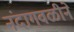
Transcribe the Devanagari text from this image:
नंदागवळीने